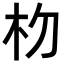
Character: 𬂟